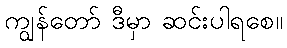
ကျွန်တော် ဒီမှာ ဆင်းပါရစေ။